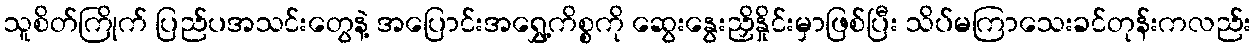
သူစိတ်ကြိုက် ပြည်ပအသင်းတွေနဲ့ အပြောင်းအရွှေ့ကိစ္စကို ဆွေးနွေးညှိနှိုင်းမှာဖြစ်ပြီး သိပ်မကြာသေးခင်တုန်းကလည်း